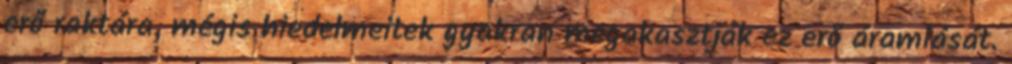
erő raktára, mégis hiedelmeitek gyakran megakasztják ez erő áramlását.